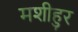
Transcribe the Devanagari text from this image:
मशीहुर